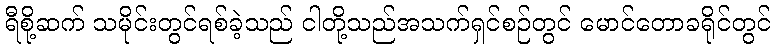
ရီစို့ဆက် သမိုင်းတွင်ရစ်ခဲ့သည် ငါတို့သည်အသက်ရှင်စဉ်တွင် မောင်တောခရိုင်တွင်